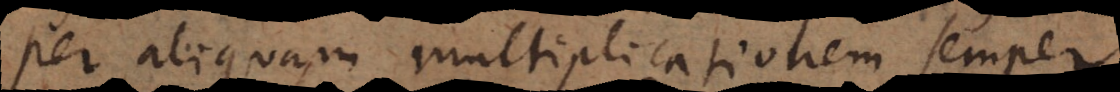
per aliquam multiplicationem semper